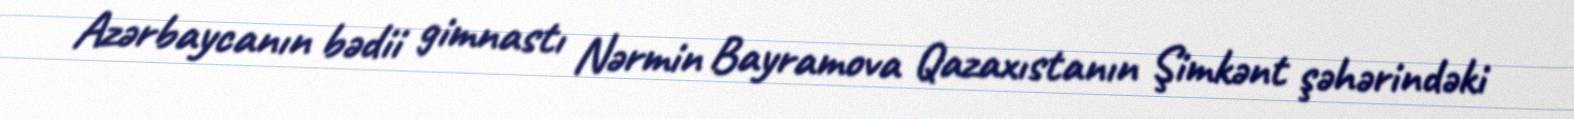
Azərbaycanın bədii gimnastı Nərmin Bayramova Qazaxıstanın Şimkənt şəhərindəki